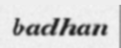
badhan